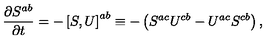
\frac { \partial S ^ { a b } } { \partial t } = - \left[ S , U \right] ^ { a b } \equiv - \left( S ^ { a c } U ^ { c b } - U ^ { a c } S ^ { c b } \right) ,